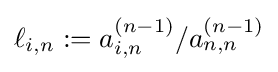
{\textstyle \ell _{i,n}:={a_{i,n}^{(n-1)}}/{a_{n,n}^{(n-1)}}}